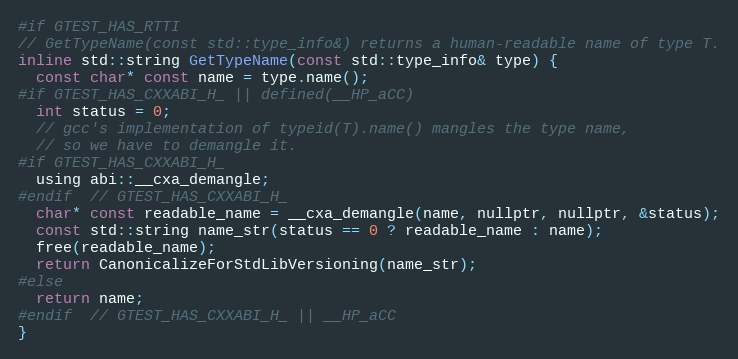
Language: C
#if GTEST_HAS_RTTI
// GetTypeName(const std::type_info&) returns a human-readable name of type T.
inline std::string GetTypeName(const std::type_info& type) {
  const char* const name = type.name();
#if GTEST_HAS_CXXABI_H_ || defined(__HP_aCC)
  int status = 0;
  // gcc's implementation of typeid(T).name() mangles the type name,
  // so we have to demangle it.
#if GTEST_HAS_CXXABI_H_
  using abi::__cxa_demangle;
#endif  // GTEST_HAS_CXXABI_H_
  char* const readable_name = __cxa_demangle(name, nullptr, nullptr, &status);
  const std::string name_str(status == 0 ? readable_name : name);
  free(readable_name);
  return CanonicalizeForStdLibVersioning(name_str);
#else
  return name;
#endif  // GTEST_HAS_CXXABI_H_ || __HP_aCC
}